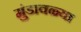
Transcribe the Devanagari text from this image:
मुंडावळ्या